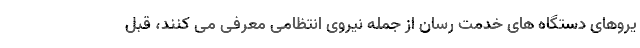
یروهای دستگاه های خدمت رسان از جمله نیروی انتظامی معرفی می کنند، قبل